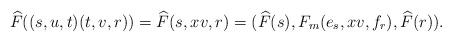
LaTeX: \begin{align*} \widehat F((s,u,t)(t,v,r))= \widehat F(s,xv,r)=(\widehat F(s),F_m(e_s,xv,f_r),\widehat F(r)).\end{align*}